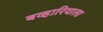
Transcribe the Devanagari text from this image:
बव्हारियाला